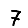
Digit: 7